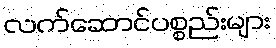
လက်ဆောင်ပစ္စည်းများ